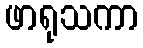
ဖာရုသကာ